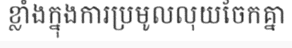
ខ្លាំងក្នុងការប្រមូលលុយចែកគ្នា